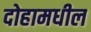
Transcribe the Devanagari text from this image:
दोहामधील